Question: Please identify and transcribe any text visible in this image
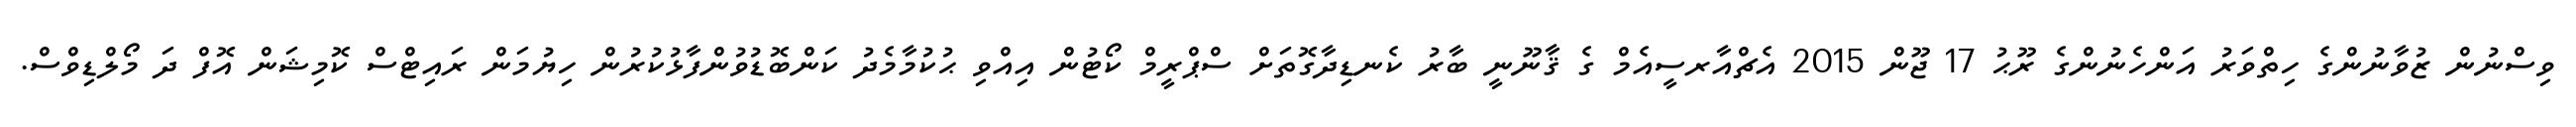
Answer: ވިސްނުން ޒުވާނުންގެ ހިތްވަރު އަންހެނުންގެ ރޫޙު 17 ޖޫން 2015 އެޗްއާރސީއެމް ގެ ޤާނޫނީ ބާރު ކެނޑިދާގޮތަށް ސްޕްރީމް ކޯޓުން އިއްވި ޙުކުމާމެދު ކަންބޮޑުވުންފާޅުކުރުން ހިޔުމަން ރައިޓްސް ކޮމިޝަން އޮފް ދަ މޯލްޑިވްސް.